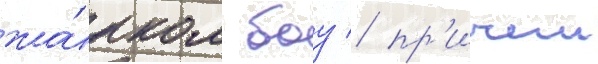
жа́рком боу / пр'ичем